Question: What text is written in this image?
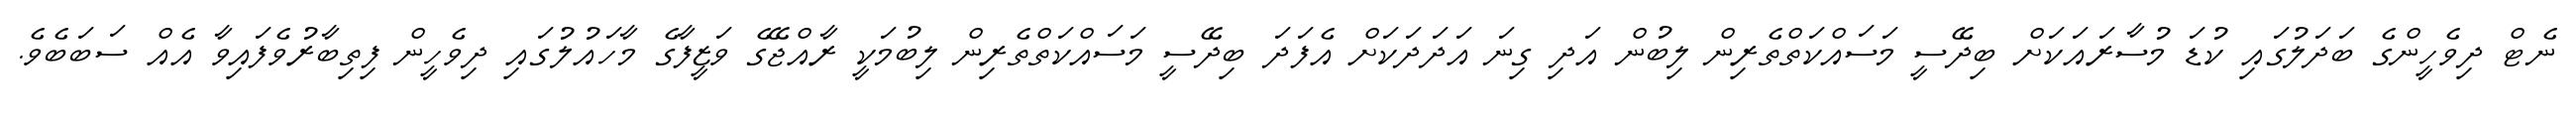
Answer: ނެޓް ދިވެހީންގެ ބަދަލުގައި ކުޑަ މުސާރައަކަށް ބިދޭސީ މަސައްކަތްތެރިން ލިބުން އަދި ގިނަ އަދަދަކަށް އެފަދަ ބިދޭސީ މަސައްކަތްތެރިން ލިބުމަކީ ރާއްޖޭގެ ވަޒީފާގެ މާހައުލުގައި ދިވެހީން ފިތިބާރުވެފައިވާ އެއް ސަބަބެވެ.